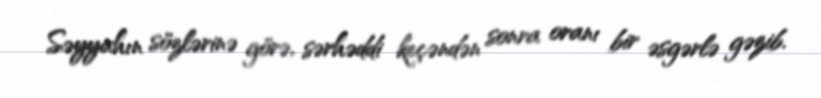
Səyyahın sözlərinə görə, sərhəddi keçəndən sonra oranı bir əsgərlə gəzib.